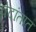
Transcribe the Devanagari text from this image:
वेदांतात